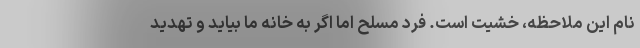
نام این ملاحظه، خشیت است. فرد مسلح اما اگر به خانه ما بیاید و تهدید